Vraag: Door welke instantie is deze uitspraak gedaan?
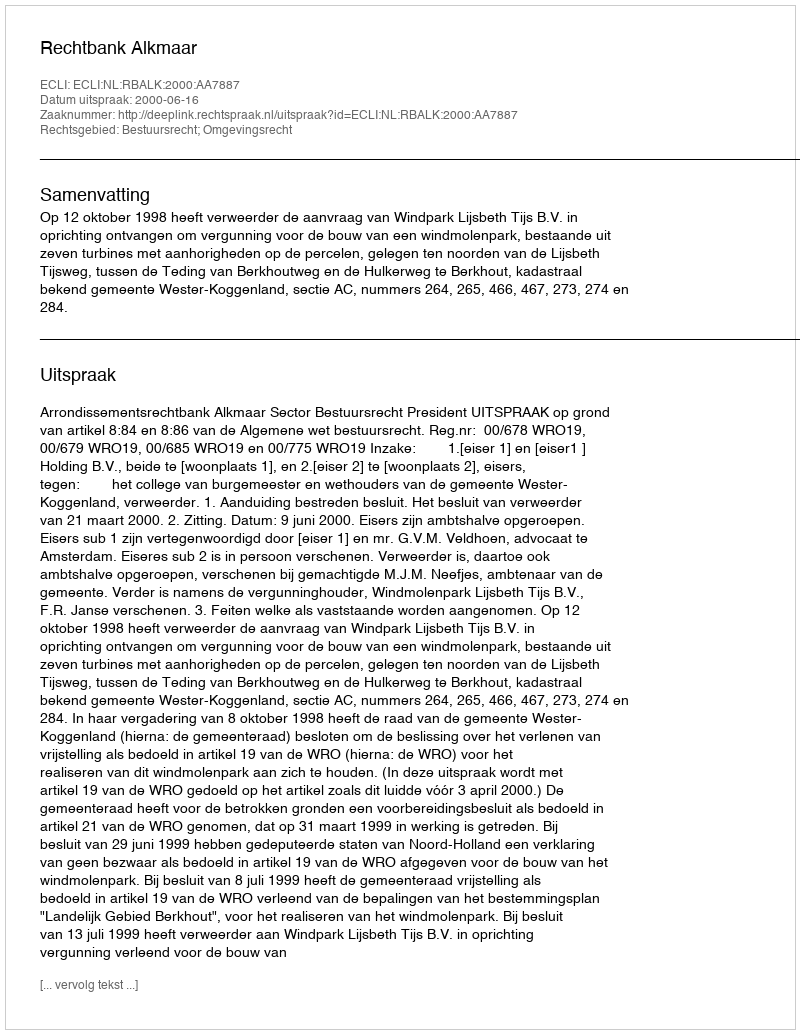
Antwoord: Rechtbank Alkmaar